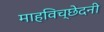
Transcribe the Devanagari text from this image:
माहविच्छेदनी